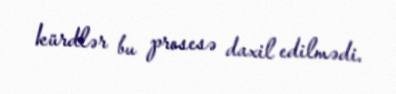
kürdlər bu prosesə daxil edilmədi.